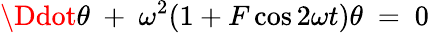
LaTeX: \Ddot{\theta}\ +\ \omega^{2}(1+F\cos 2\omega t)\theta\ =\ 0